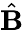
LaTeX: \hat{\mathbf B}